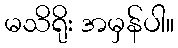
မသိရိုး အမှန်ပါ။